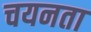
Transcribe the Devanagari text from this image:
चयनता